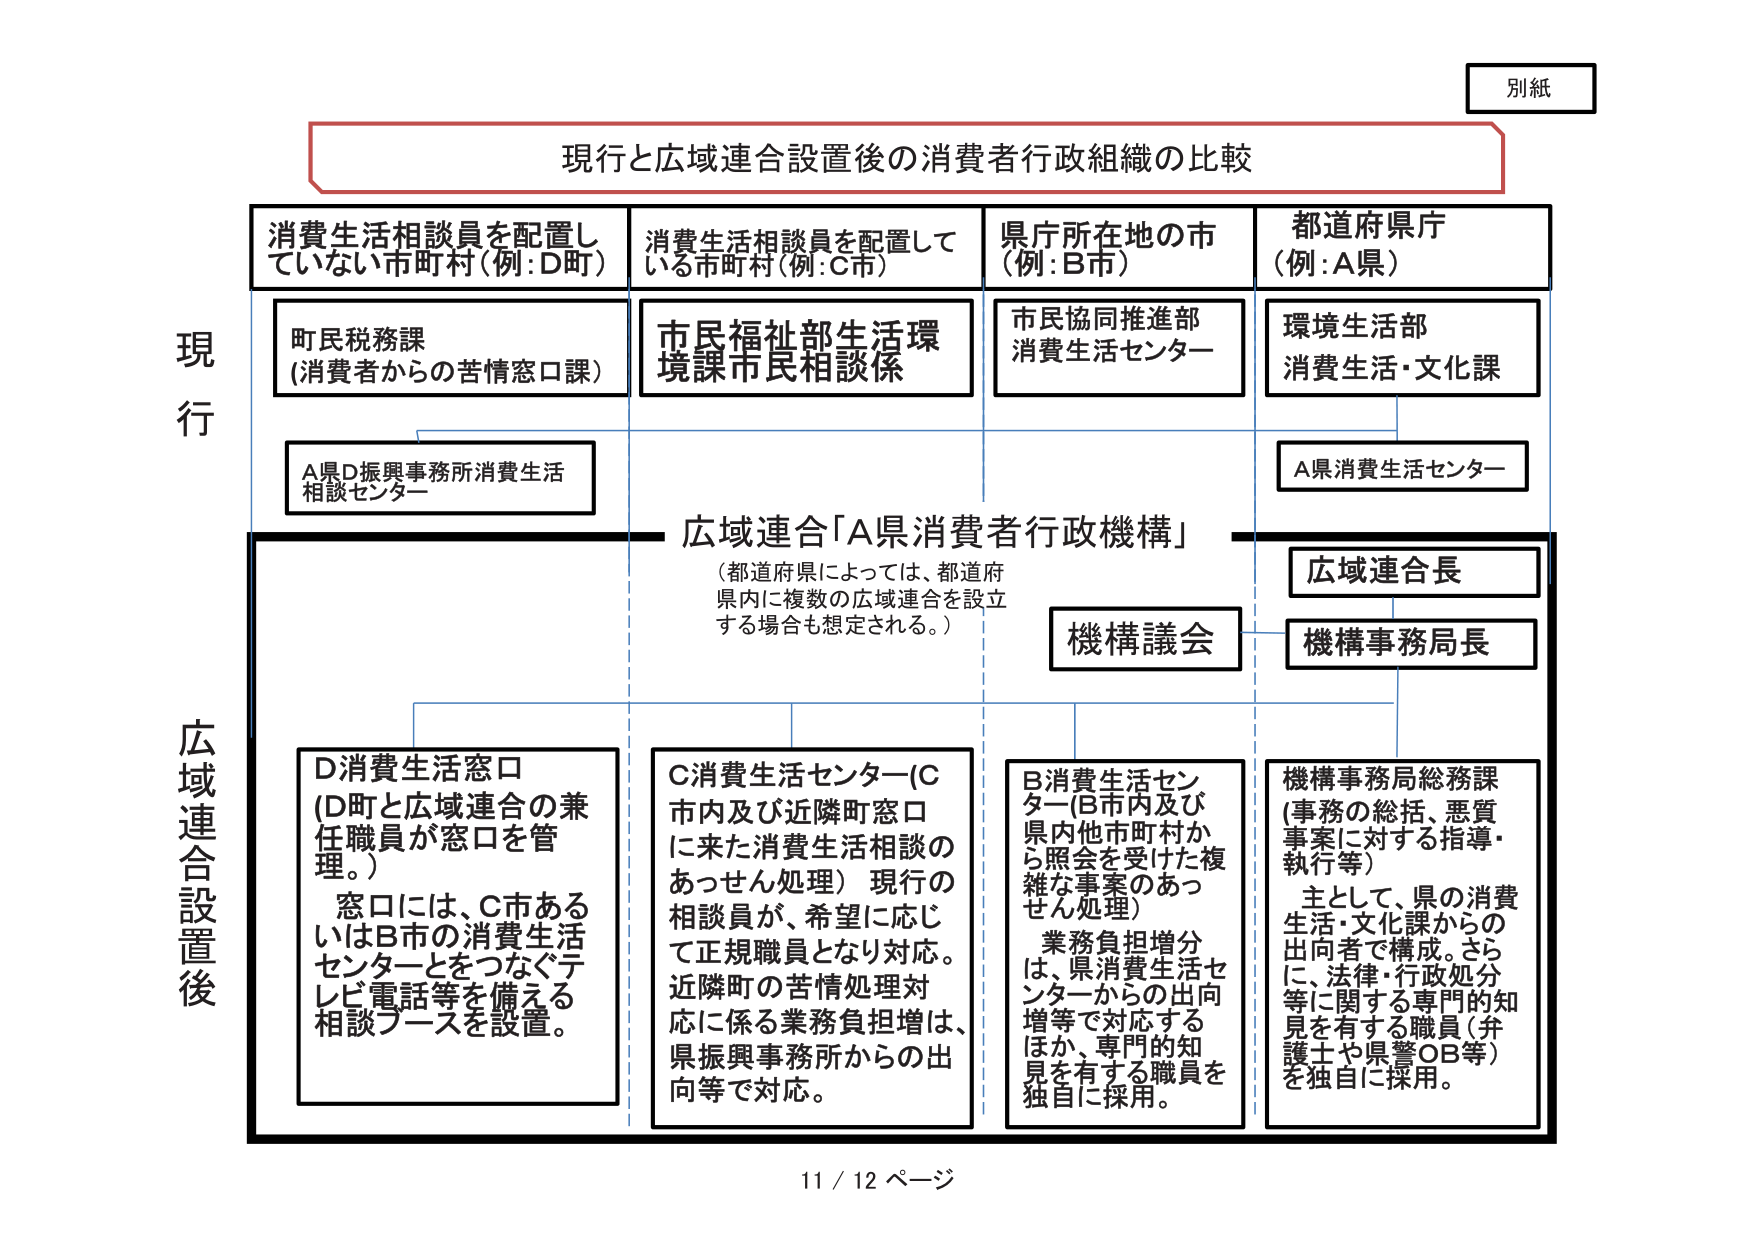
別紙

現行と広域連合設置後の消費者行政組織の比較

現行
消費生活相談員を配置していない市町村（例：D町）
　町民税務課
　（消費者からの苦情窓口課）
　A県D振興事務所消費生活相談センター

消費生活相談員を配置している市町村（例：C市）
　市民福祉部生活環境課市民相談係

県庁所在地の市（例：B市）
　市民協同推進部
　消費生活センター

都道府県庁（例：A県）
　環境生活部
　消費生活・文化課
　A県消費生活センター

広域連合設置後
広域連合「A県消費者行政機構」
　（都道府県によっては、都道府県内に複数の広域連合を設立する場合も想定される。）

　広域連合長
　機構事務局長
　機構議会

D消費生活窓口
（D町と広域連合の兼任職員が窓口を管理。）
　窓口には、C市あるいはB市の消費生活センターとをつなぐテレビ電話等を備える相談ブースを設置。

C消費生活センター（C市内及び近隣町窓口に来た消費生活相談のあっせん処理）現行の相談員が、希望に応じて正規職員となり対応。近隣町の苦情処理対応に係る業務負担増は、県振興事務所からの出向等で対応。

B消費生活センター（B市内及び県内他市町村から照会を受けた複雑な事案のあっせん処理）
　業務負担増分は、県消費生活センターからの出向増等で対応するほか、専門的知見を有する職員を独自に採用。

機構事務局総務課
（事務の総括、悪質事案に対する指導・執行等）
　主として、県の消費生活・文化課からの出向者で構成。さらに、法律・行政処分等に関する専門的知見を有する職員（弁護士や県警OB等）を独自に採用。

11 / 12 ページ